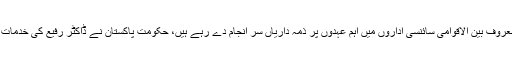
ان کے 9 بچوں میں سے سب نے فزکس کا شعبہ اختیار کیا اور فی الوقت معروف بین الاقوامی سائنسی اداروں میں اہم عہدوں پر ذمہ داریاں سر انجام دے رہے ہیں، حکومت ِپاکستان نے ڈاکٹر رفیع کی خدمات پر انھیں ہلال امتیاز، نشان امتیاز، ستارہ امتیاز اور ستارہ خدمت سے نوازا۔